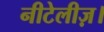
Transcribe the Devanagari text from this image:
नीटेलीज़।